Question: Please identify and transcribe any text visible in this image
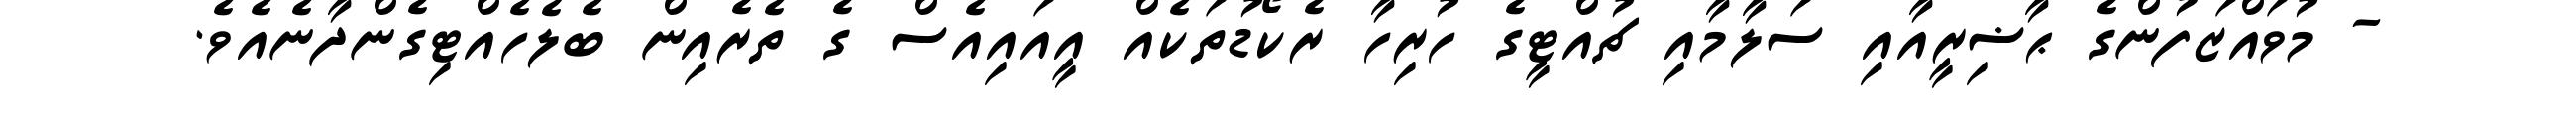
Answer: - މުވައްޒަފުންގެ ޙާޟިރީއާއި ސަލާމާއި ޗުއްޓީގެ ހުރިހާ ރެކޯޑުތަކެއް އީއައިއެސް ގެ ތެރެއިން ބެލެހެއްޓިގެންދާނެއެވެ.